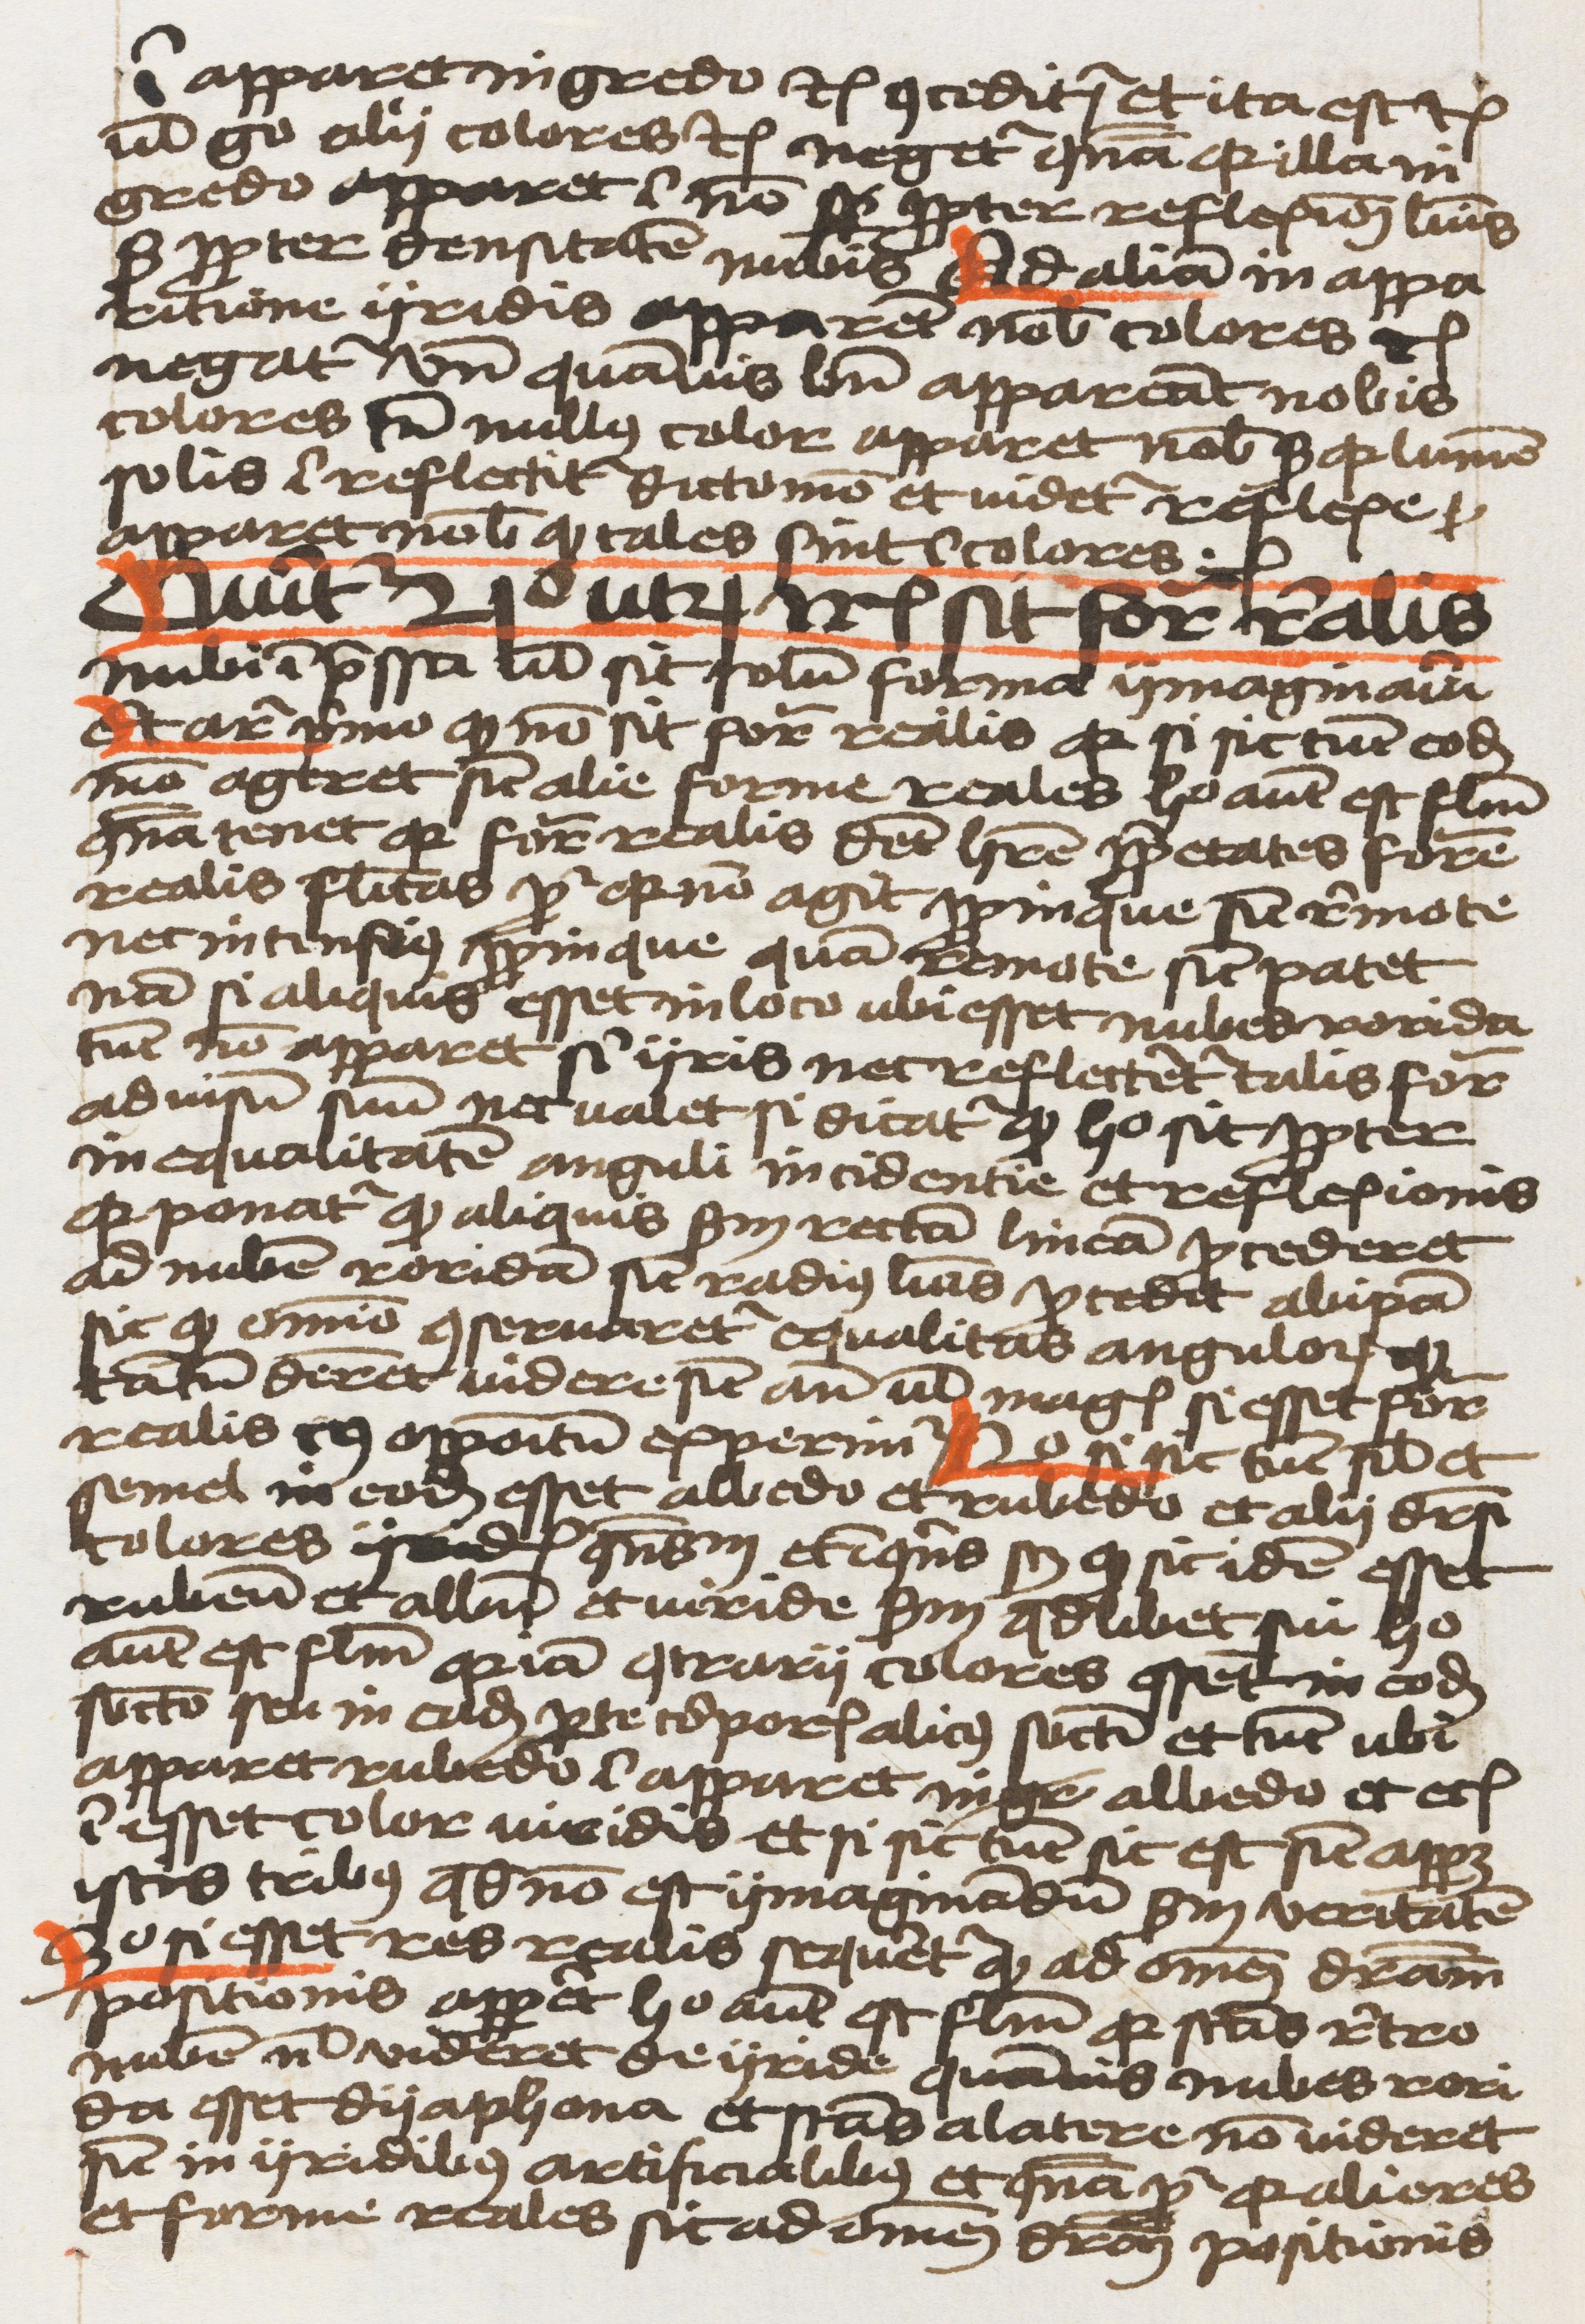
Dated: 1459–1459